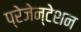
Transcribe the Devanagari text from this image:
प्रेजेन्टेशन